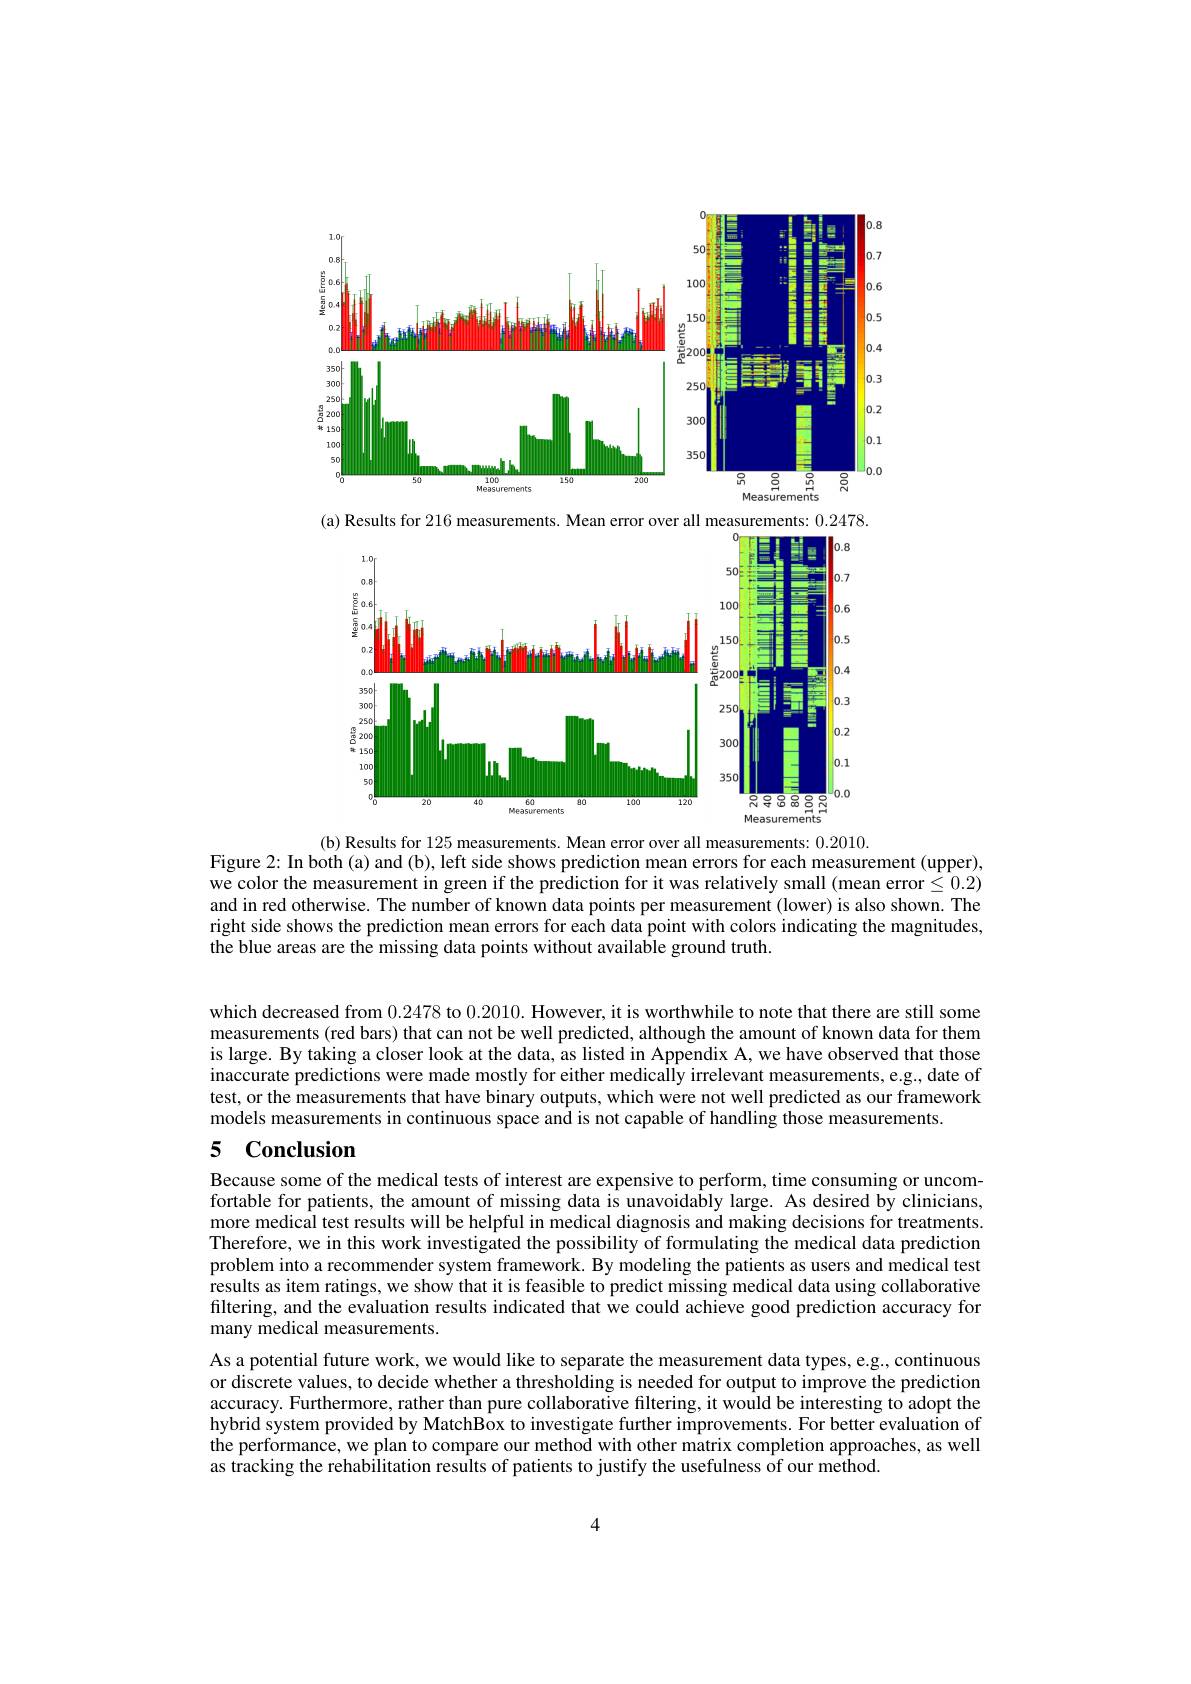
<FigureHere>

(a) Results for 216 measurements. Mean error over all measurements: 0.2478

<FigureHere>

(b) Results for 125 measurements. Mean error over all measurements: 0.2010.
Figure 2: In both (a) and (b), left side shows prediction mean errors for each measurement (upper), we color the measurement in green if the prediction for it was relatively small (mean error $\leq0.2)$ and in red otherwise. The number of known data points per measurement (lower) is also shown. The right side shows the prediction mean errors for each data point with colors indicating the magnitudes, the blue areas are the missing data points without available ground truth.

which decreased from 0.2478 to 0.2010. However, it is worthwhile to note that there are still some measurements (red bars) that can not be well predicted, although the amount of known data for them is large. By taking a closer look at the data, as listed in Appendix A, we have observed that those inaccurate predictions were made mostly for either medically irrelevant measurements, e.g., date of test, or the measurements that have binary outputs, which were not well predicted as our framework models measurements in continuous space and is not capable of handling those measurements.

### 5 $\mathbf{Conclusion}$

Because some of the medical tests of interest are expensive to perform, time consuming or uncomfortable for patients, the amount of missing data is unavoidably large. As desired by clinicians, more medical test results will be helpful in medical diagnosis and making decisions for treatments. Therefore, we in this work investigated the possibility of formulating the medical data prediction problem into a recommender system framework. By modeling the patients as users and medical test results as item ratings, we show that it is feasible to predict missing medical data using collaborative filtering, and the evaluation results indicated that we could achieve good prediction accuracy for many medical measurements.

As a potential future work, we would like to separate the measurement data types, e.g., continuous or discrete values, to decide whether a thresholding is needed for output to improve the prediction accuracy. Furthermore, rather than pure collaborative filtering, it would be interesting to adopt the hybrid system provided by MatchBox to investigate further improvements. For better evaluation of the performance, we plan to compare our method with other matrix completion approaches, as well as tracking the rehabilitation results of patients to justify the usefulness of our method.

4